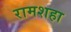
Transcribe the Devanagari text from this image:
रामशहा